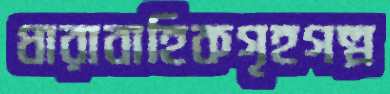
ধারাবাহিকগৃহগল্প